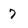
Character: 7